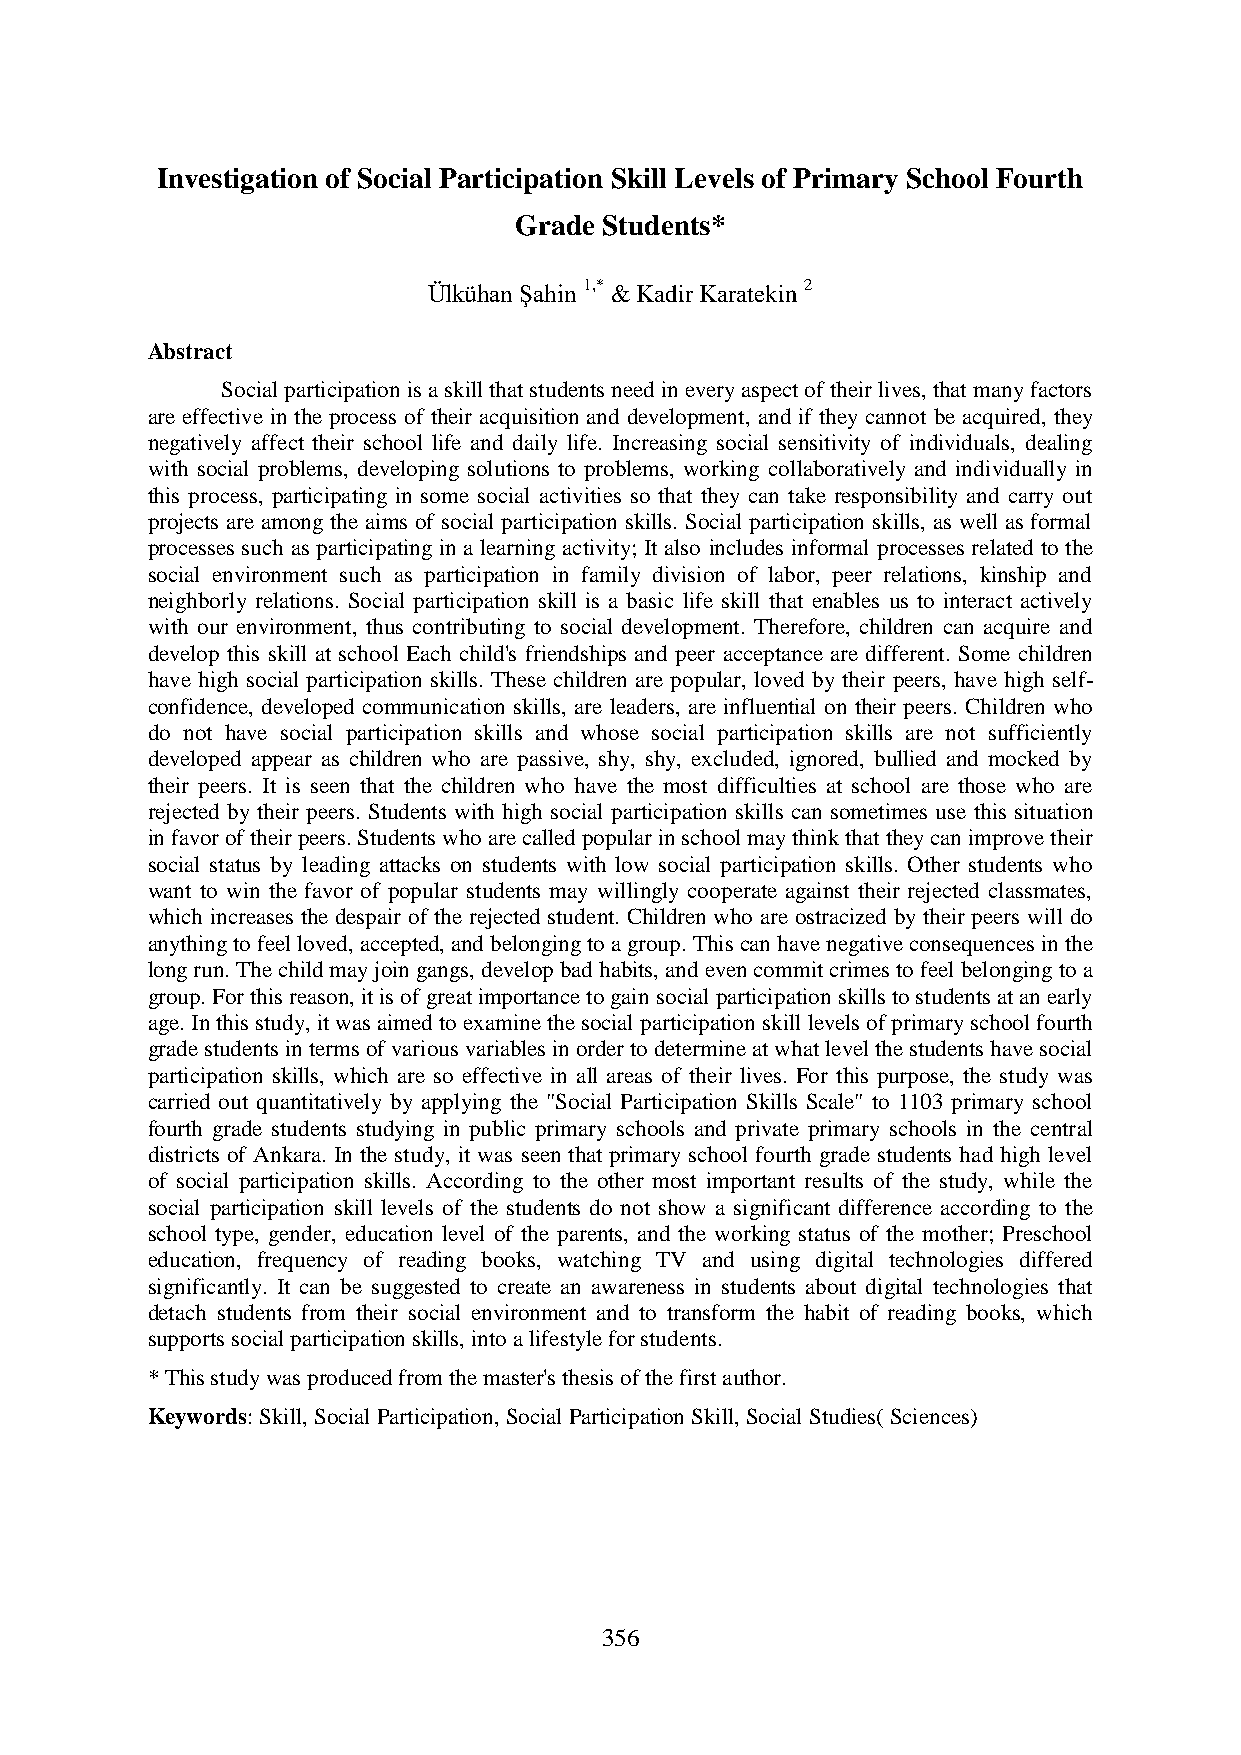
Investigation of Social Participation Skill Levels of Primary School Fourth
 Grade Students*
 Ülkühan Şahin 1,* & Kadir Karatekin 2
 Abstract
 Social participation is a skill that students need in every aspect of their lives, that many factors
 are effective in the process of their acquisition and development, and if they cannot be acquired, they
 negatively affect their school life and daily life. Increasing social sensitivity of individuals, dealing
 with social problems, developing solutions to problems, working collaboratively and individually in
 this process, participating in some social activities so that they can take responsibility and carry out
 projects are among the aims of social participation skills. Social participation skills, as well as formal
 processes such as participating in a learning activity; It also includes informal processes related to the
 social environment such as participation in family division of labor, peer relations, kinship and
 neighborly relations. Social participation skill is a basic life skill that enables us to interact actively
 with our environment, thus contributing to social development. Therefore, children can acquire and
 develop this skill at school Each child's friendships and peer acceptance are different. Some children
 have high social participation skills. These children are popular, loved by their peers, have high self-
 confidence, developed communication skills, are leaders, are influential on their peers. Children who
 do not have social participation skills and whose social participation skills are not sufficiently
 developed appear as children who are passive, shy, shy, excluded, ignored, bullied and mocked by
 their peers. It is seen that the children who have the most difficulties at school are those who are
 rejected by their peers. Students with high social participation skills can sometimes use this situation
 in favor of their peers. Students who are called popular in school may think that they can improve their
 social status by leading attacks on students with low social participation skills. Other students who
 want to win the favor of popular students may willingly cooperate against their rejected classmates,
 which increases the despair of the rejected student. Children who are ostracized by their peers will do
 anything to feel loved, accepted, and belonging to a group. This can have negative consequences in the
 long run. The child may join gangs, develop bad habits, and even commit crimes to feel belonging to a
 group. For this reason, it is of great importance to gain social participation skills to students at an early
 age. In this study, it was aimed to examine the social participation skill levels of primary school fourth
 grade students in terms of various variables in order to determine at what level the students have social
 participation skills, which are so effective in all areas of their lives. For this purpose, the study was
 carried out quantitatively by applying the "Social Participation Skills Scale" to 1103 primary school
 fourth grade students studying in public primary schools and private primary schools in the central
 districts of Ankara. In the study, it was seen that primary school fourth grade students had high level
 of social participation skills. According to the other most important results of the study, while the
 social participation skill levels of the students do not show a significant difference according to the
 school type, gender, education level of the parents, and the working status of the mother; Preschool
 education, frequency of reading books, watching TV and using digital technologies differed
 significantly. It can be suggested to create an awareness in students about digital technologies that
 detach students from their social environment and to transform the habit of reading books, which
 supports social participation skills, into a lifestyle for students.
 * This study was produced from the master's thesis of the first author.
 Keywords: Skill, Social Participation, Social Participation Skill, Social Studies( Sciences)
 356